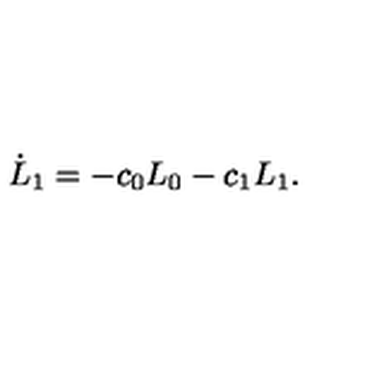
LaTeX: \dot { L } _ { 1 } = - c _ { 0 } L _ { 0 } - c _ { 1 } L _ { 1 } .